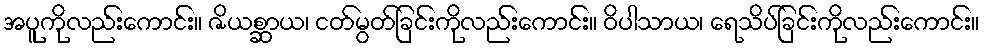
အပူကိုလည်းကောင်း။ ဇိယစ္ဆာယ၊ ငတ်မွတ်ခြင်းကိုလည်းကောင်း။ ဝိပါသာယ၊ ရေသိပ်ခြင်းကိုလည်းကောင်း။